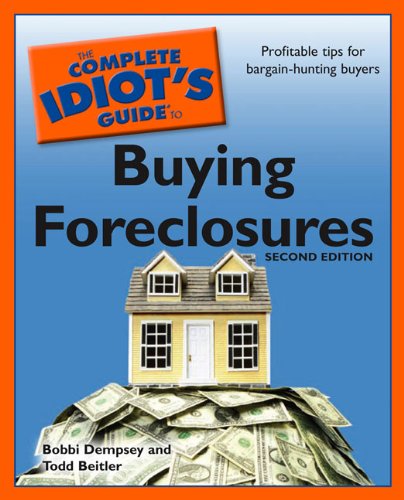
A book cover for The Complete Idiot's Guide to Buying Foreclosures, 2nd Edition (Complete Idiot's Guides (Lifestyle Paperback)); Bobbi Dempsey; Business & Money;